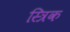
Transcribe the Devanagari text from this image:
स्त्रिक